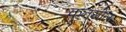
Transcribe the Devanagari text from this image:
कनसोल